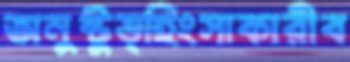
অনুষ্টুভ্‌হিংসাকারীব